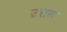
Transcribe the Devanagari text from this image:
उत्तरू